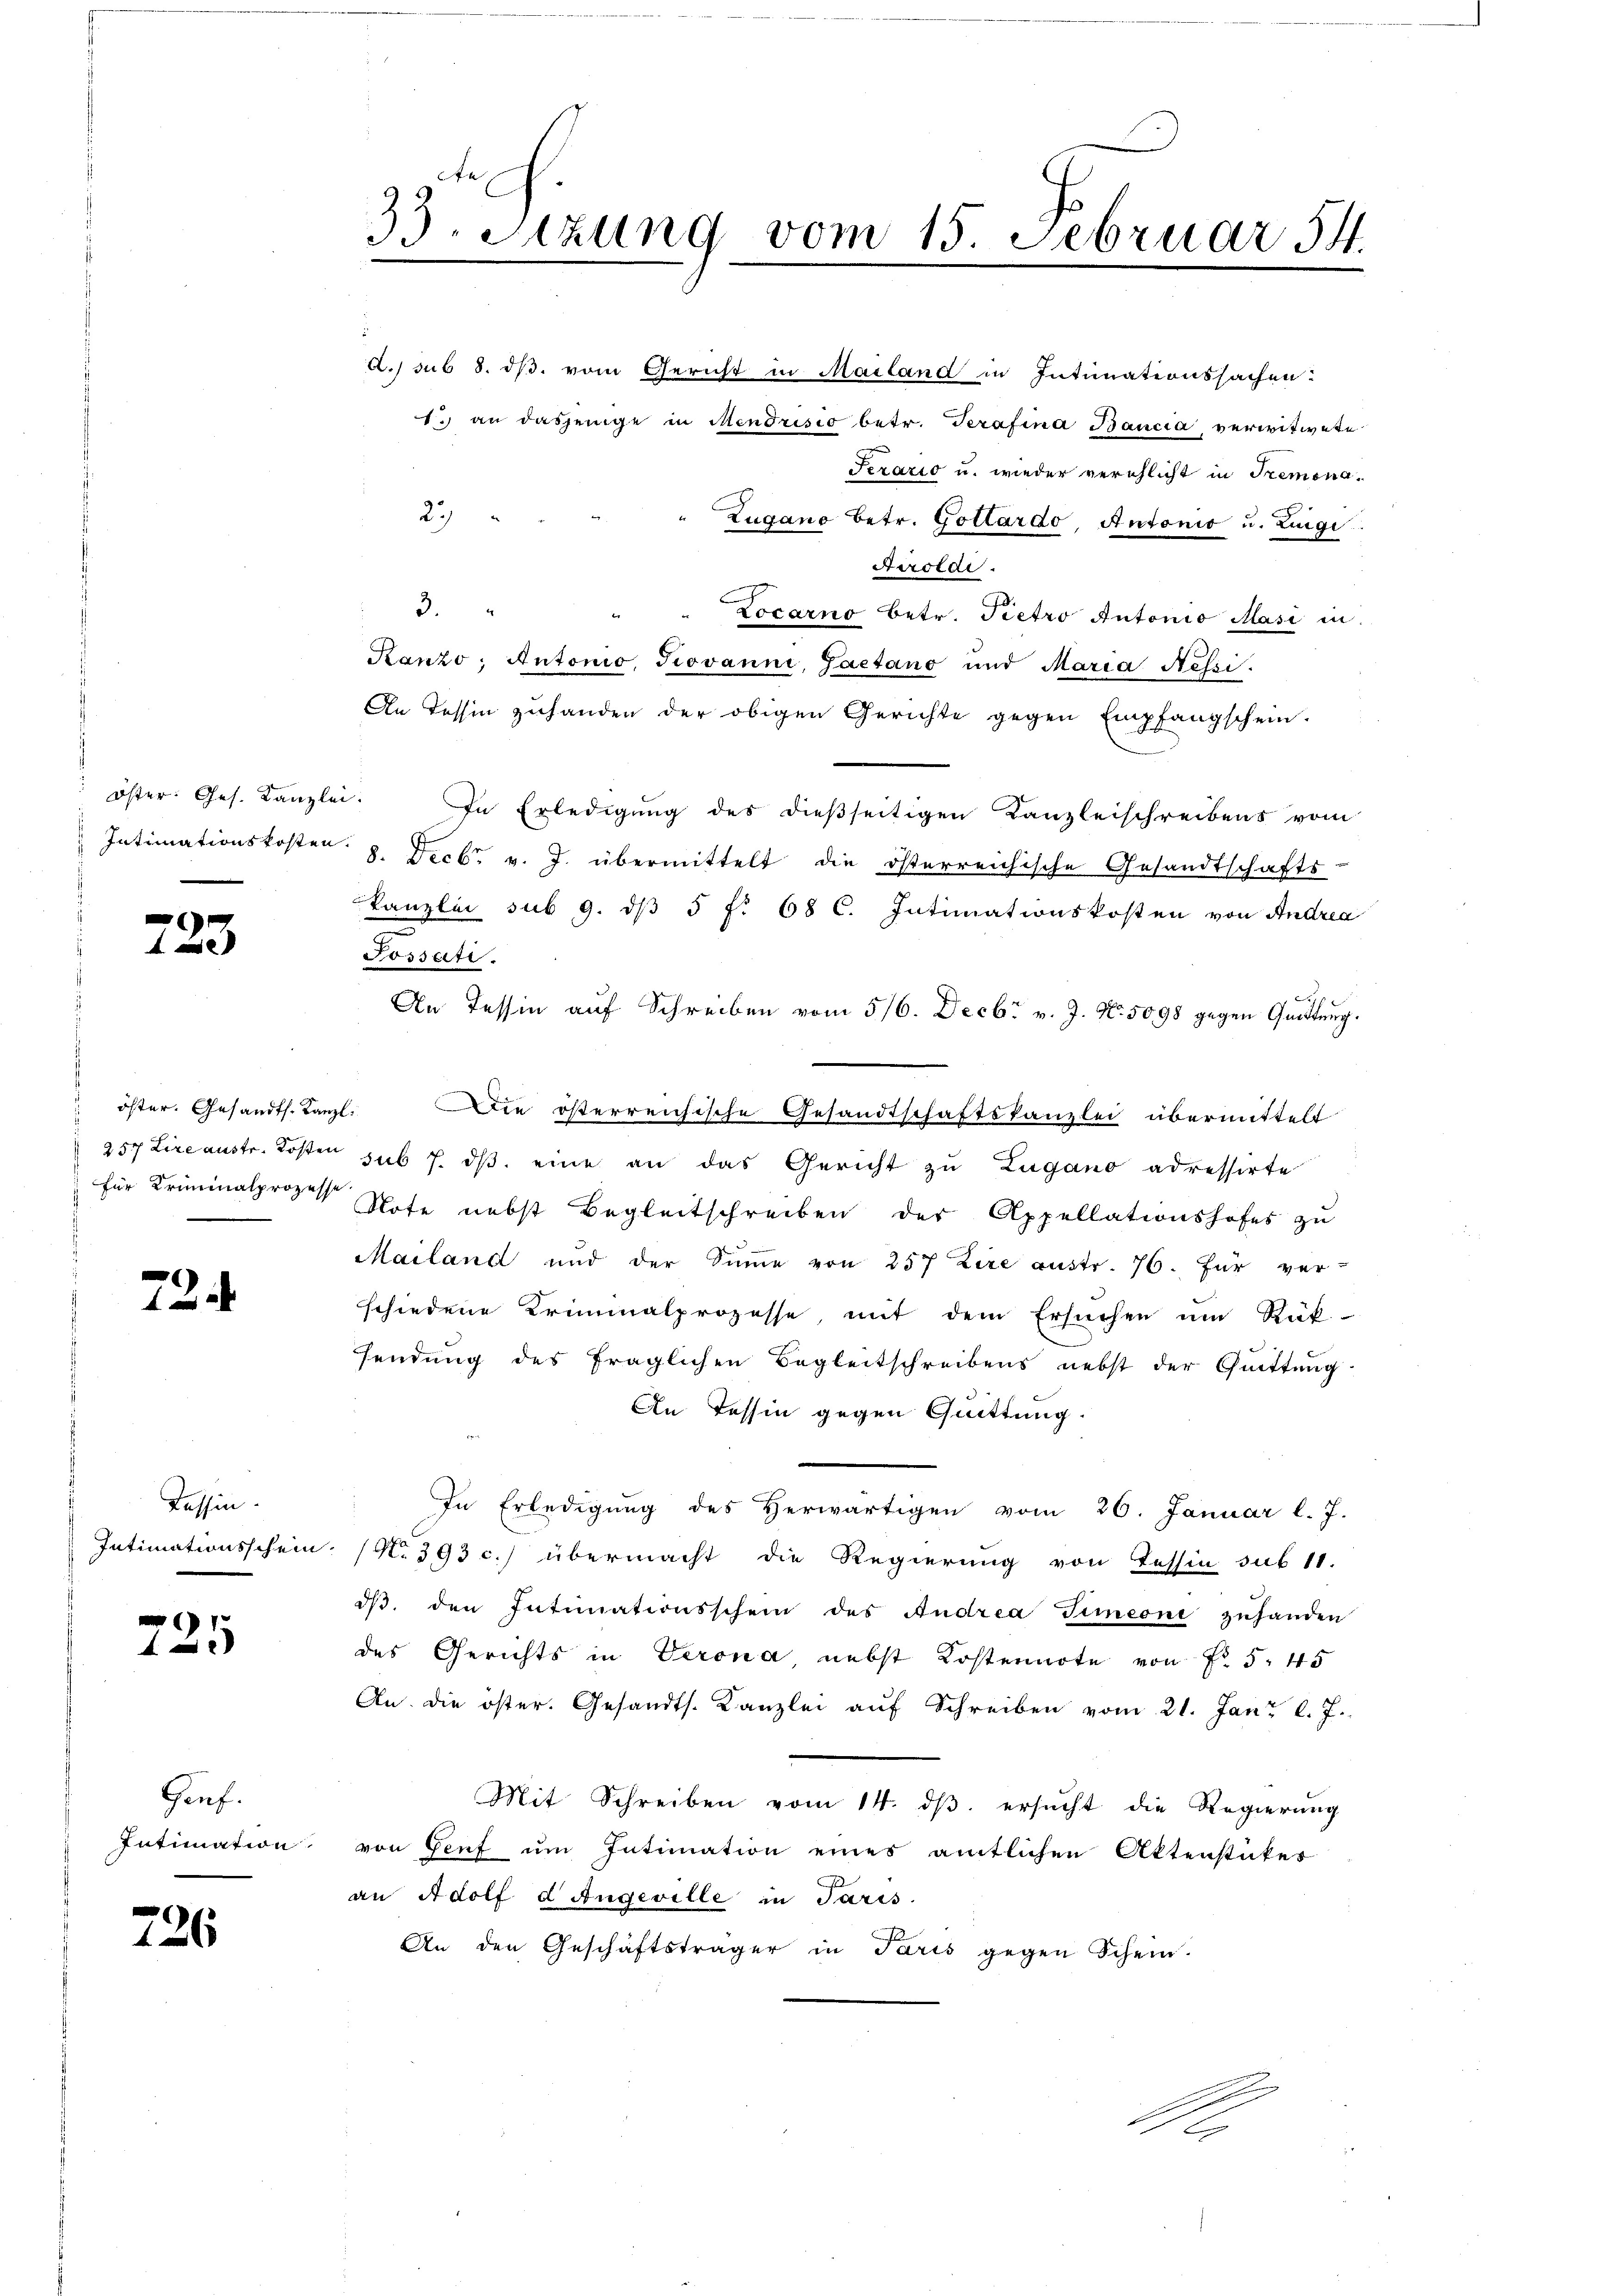
öster. Ges. Kanzlei.
Intimationskosten.

)
4 e

e

s
.

724

Tessin.

4

Gruf.
Intimation

126

A. sub 8. dβ. vom Gericht in Mailand in Intinationssachen
1.) an dasjenige in Mendrisio betr. Terafina Bancia, verwitwete
Jezario u. wieder verschlicht in Tremona¬
23
Zugano betr. Gottardo, Antonio u. Luigi
Airoldi
3.
n
Locarno betr. Pietro Antonio Masi in
Ranzo; Antonio, Piovanne, Saetano und Maria Nessi
An Tessin zuhanden der obigen Gerichte gegen Empfangschein.
In Erledigung des dießseitigen Kanzleischreibens vom
8. Decbr. v. J. übermittelt die österreichische Gesandtschafts-
kanzlei sub 9. dβ 5 f. 68 C. Intimationskosten von Andrea
Possati.
An Tessin auf Schreiben vom 5/6. Decbr v. J. N. 5098 gegen Quittung.
öster. Gesandts. Kanzl. Die österreichische Gesandtschaftskanzlei übermittelt
257 Lire austr. Kosten sub 7. dβ eine an das Gericht zu Lugano adressirte
für Kriminalprozess Note nebst Begleitschreiben der Appellationshofes zŭ
Mailand und der Sinne von 257 Zire austr. 76. Für ver-
schiedene Kriminalprozesse, mit dem Ersuchen um Rük
sendung des fraglichen Begleitschreibens nebst der Quittung
An Tessin gegen Quittung.
In Erledigŭng des herwärtigen vom 26. Januar l. J.
Intimationsschein. (N. 393 c.) übermacht die Regierung von Tessin sub 11.
dβ. den Intimationsschein des Andrea Timeoni zuhanden
des Gerichts in Verona nebst Kostennote von § 545
An. Die öster. Gesandts. Kanzlei aŭf Schreiben vom 21. Jan. l. J.
Mit Schreiben vom 14. dβ. ersucht die Regierung
von Genf um Intimation eines amtlichen Aktenstücker
an Adolf d Angeville in Paris
An den Geschäftsträger in Paris gegen Schein.
A

33. Sizung vom 15. Februar 54